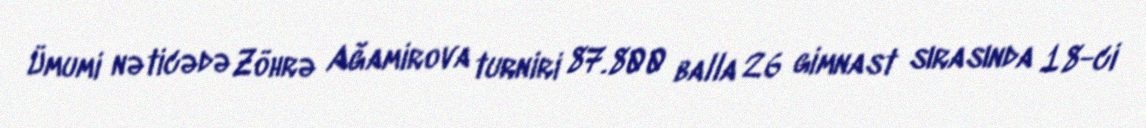
Ümumi nəticədə Zöhrə Ağamirova turniri 87.800 balla 26 gimnast sırasında 18-ci